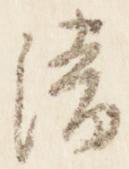
清